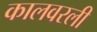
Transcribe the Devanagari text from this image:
कालवरली